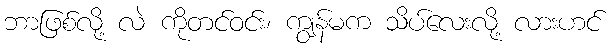
ဘာဖြစ်လို့ လဲ ကိုတင်ဝင်း၊ ကျွန်မက သိပ်လေးလို့ လားဟင်